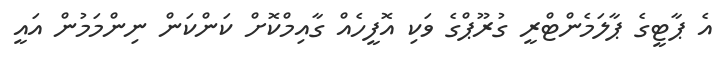
އެ ޕާޓީގެ ޕާލަމެންޓްރީ ގުރޫޕްގެ ވަކި އޮފީހެއް ގާއިމްކޮށް ކަންކަން ނިންމަމުން އައީ